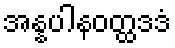
အန္နပါနဝတ္ထဒဒံ